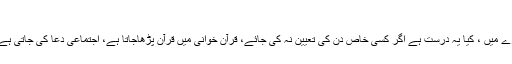
سوال # 734
(1) کیا فرماتے ہیں مفتیان کرام اور علمائے محققین قرآن خوانی کے بارے میں ، کیا یہ درست ہے اگر کسی خاص دن کی تعیین نہ کی جائے، قرآن خوانی میں قرآن پڑھاجاتا ہے، اجتماعی دعا کی جاتی ہے اور کھانا بھی پیش کیا جاتا ہے، اس سلسلے میں شریعت کیا کہتی ہے؟